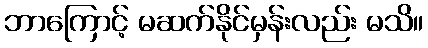
ဘာကြောင့် မဆက်နိုင်မှန်းလည်း မသိ။